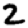
Digit: 2